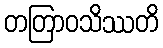
တတြာဝသိဿတိ